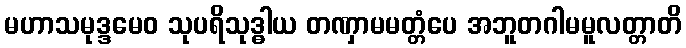
မဟာသမုဒ္ဒမေဝ သုပရိသုဒ္ဓါယ တဏှာမမတ္တံပေ အဘူတဂါမမူလတ္တာတိ